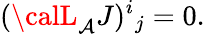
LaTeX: ({\calL}_{\mathcal{A}}J)^{i}{}_{j}=0.